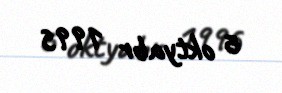
6 oktyabr 1995